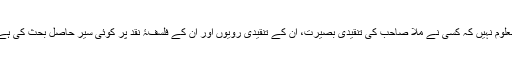
مجھے معلوم نہیں کہ کسی نے ملّا صاحب کی تنقیدی بصیرت، ان کے تنقیدی رویوں اور ان کے فلسفۂ نقد پر کوئی سیر حاصل بحث کی ہے یا نہیں۔